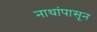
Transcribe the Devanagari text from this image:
नाथांपासून